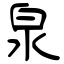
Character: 泉